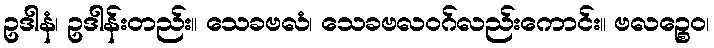
ဥဒါနံ၊ ဥဒါန်းတည်း။ သေခဗလံ၊ သေခဗလဝဂ်လည်းကောင်း။ ဗလဉ္စေဝ၊